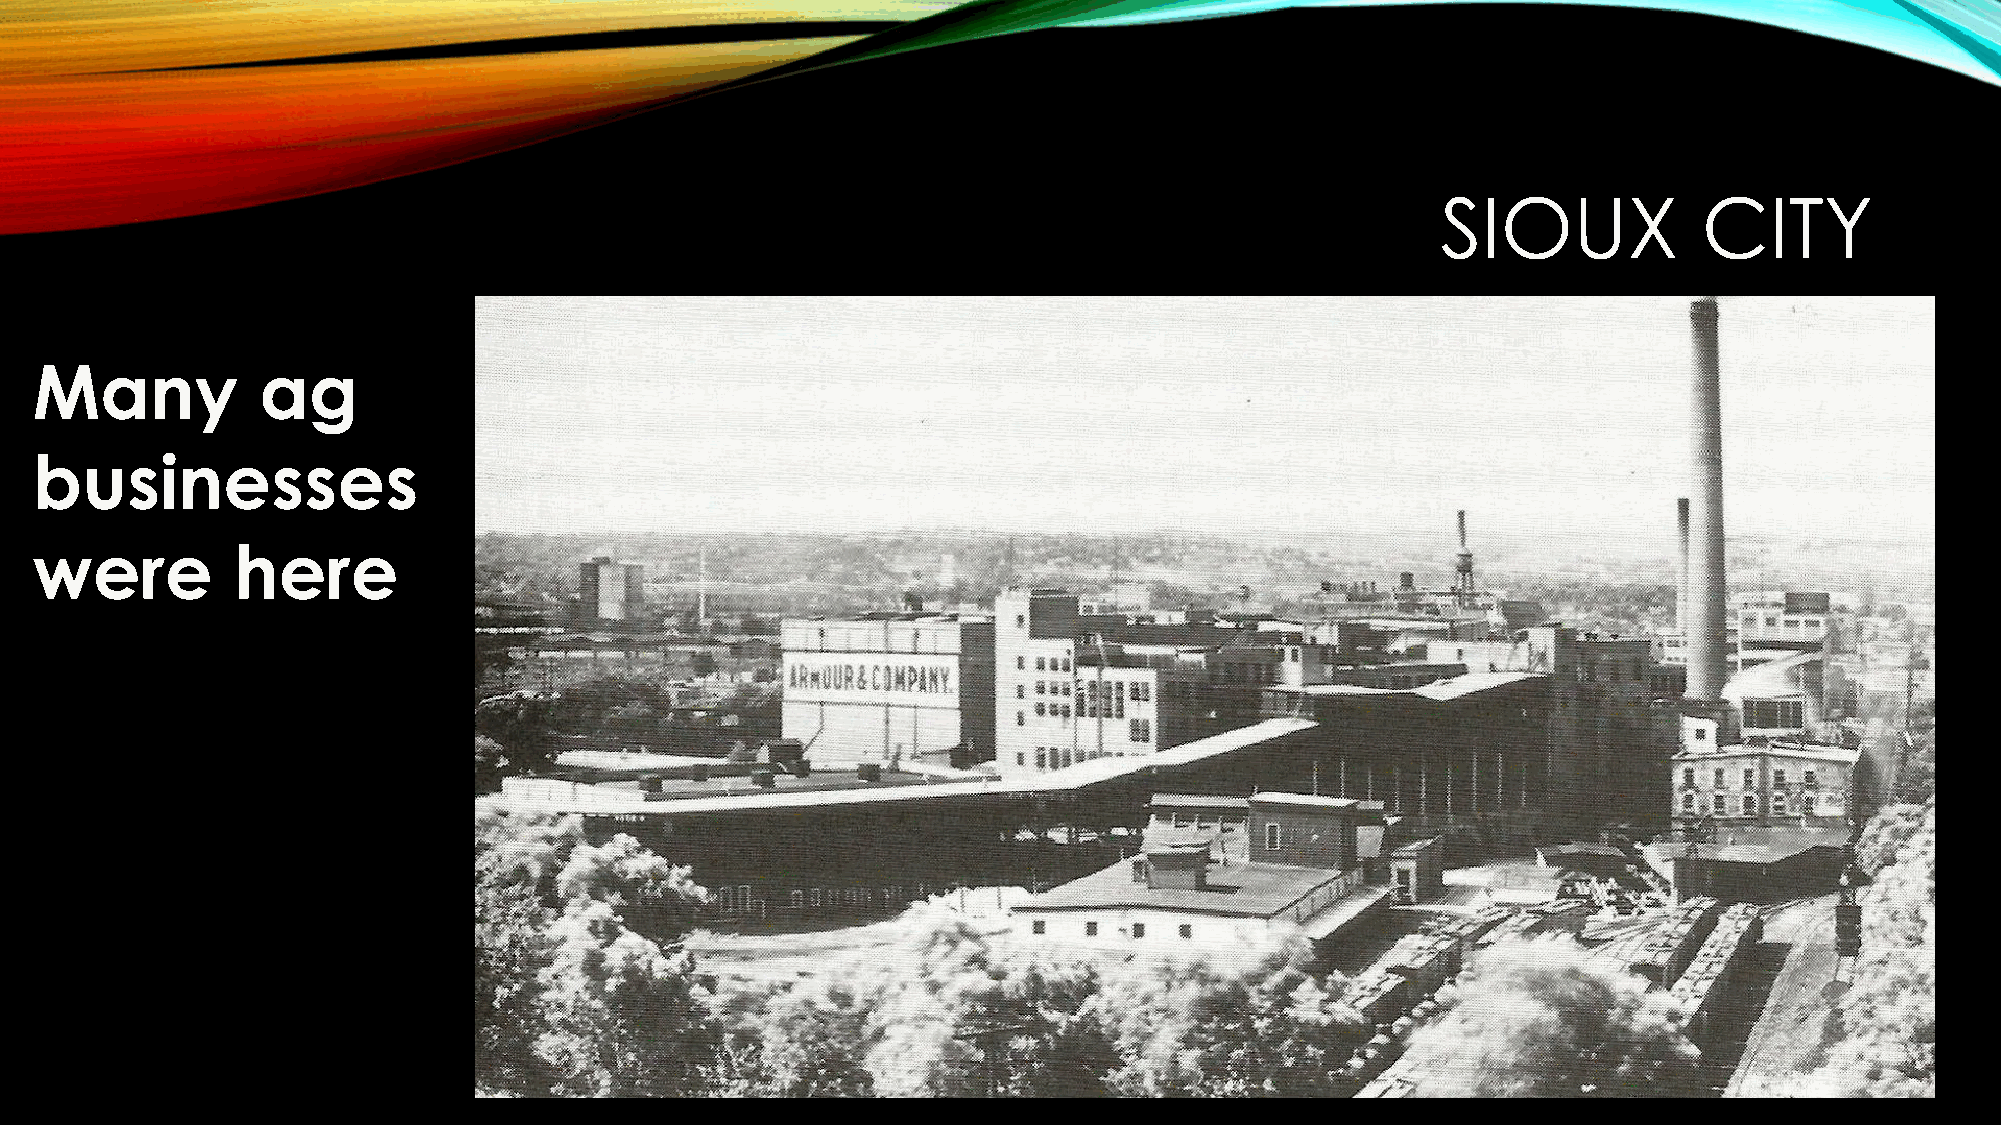
SIOUX             CITY
 Many           ag
 businesses
 were         here
 Armour